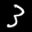
Label: 3